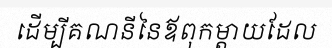
ដើម្បីគណនីនៃឪពុកម្តាយដែល